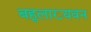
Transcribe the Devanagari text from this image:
बहुलाख्यवन